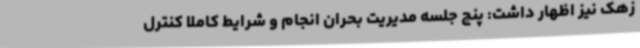
زهک نیز اظهار داشت: پنج جلسه مدیریت بحران انجام و شرایط کاملا کنترل